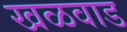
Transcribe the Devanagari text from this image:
खळवाड